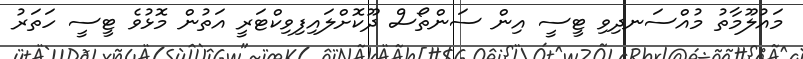
މައުލޫމާތު މުއްސަނދިވި ޓީސީ އިން ސަންތޯސް ދޫކޮށްލައިފިވިކްޓަރީ އަތުން މޮޅުވެ ޓީސީ ހަތަރު